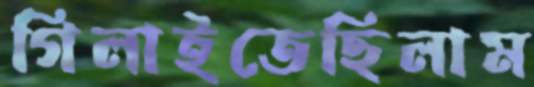
গিলাইতেছিলাম